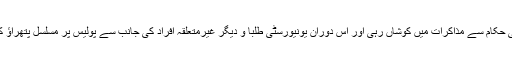
ضلعی انتظامیہ معاملہ کے پرامن حل کے لیے مسلسل یونیورسٹی حکام سے مذاکرات میں کوشاں رہی اور اس دوران یونیورسٹی طلبا و دیگر غیرمتعلقہ افراد کی جانب سے پولیس پر مسلسل پتھراؤ کیاجاتا رہا لیکن پولیس کی جانب سے برداشت کا مظاہر ہ کیا گیا۔